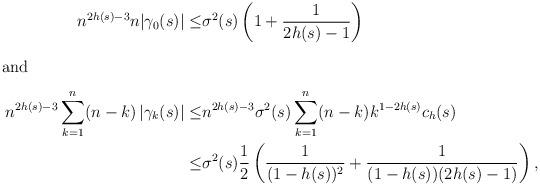
LaTeX: \begin{align*}n^{2h(s)-3} n|\gamma_{0}(s)|\leq& \sigma^2(s)\left( 1 + \frac{1}{2h(s)-1}\right)\\\intertext{and}n^{2h(s)-3} \sum_{k=1}^{n}(n-k)\left| \gamma_{k}(s)\right|\leq&n^{2h(s)-3} \sigma^2(s)\sum_{k=1}^{n}(n-k) k^{1-2h(s)}c_{h}(s)\\\leq& \sigma^2(s)\frac{1}{2}\left( \frac{1}{(1-h(s))^2} + \frac{1}{(1-h(s))(2h(s)-1)}\right),\end{align*}